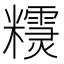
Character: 𥽣